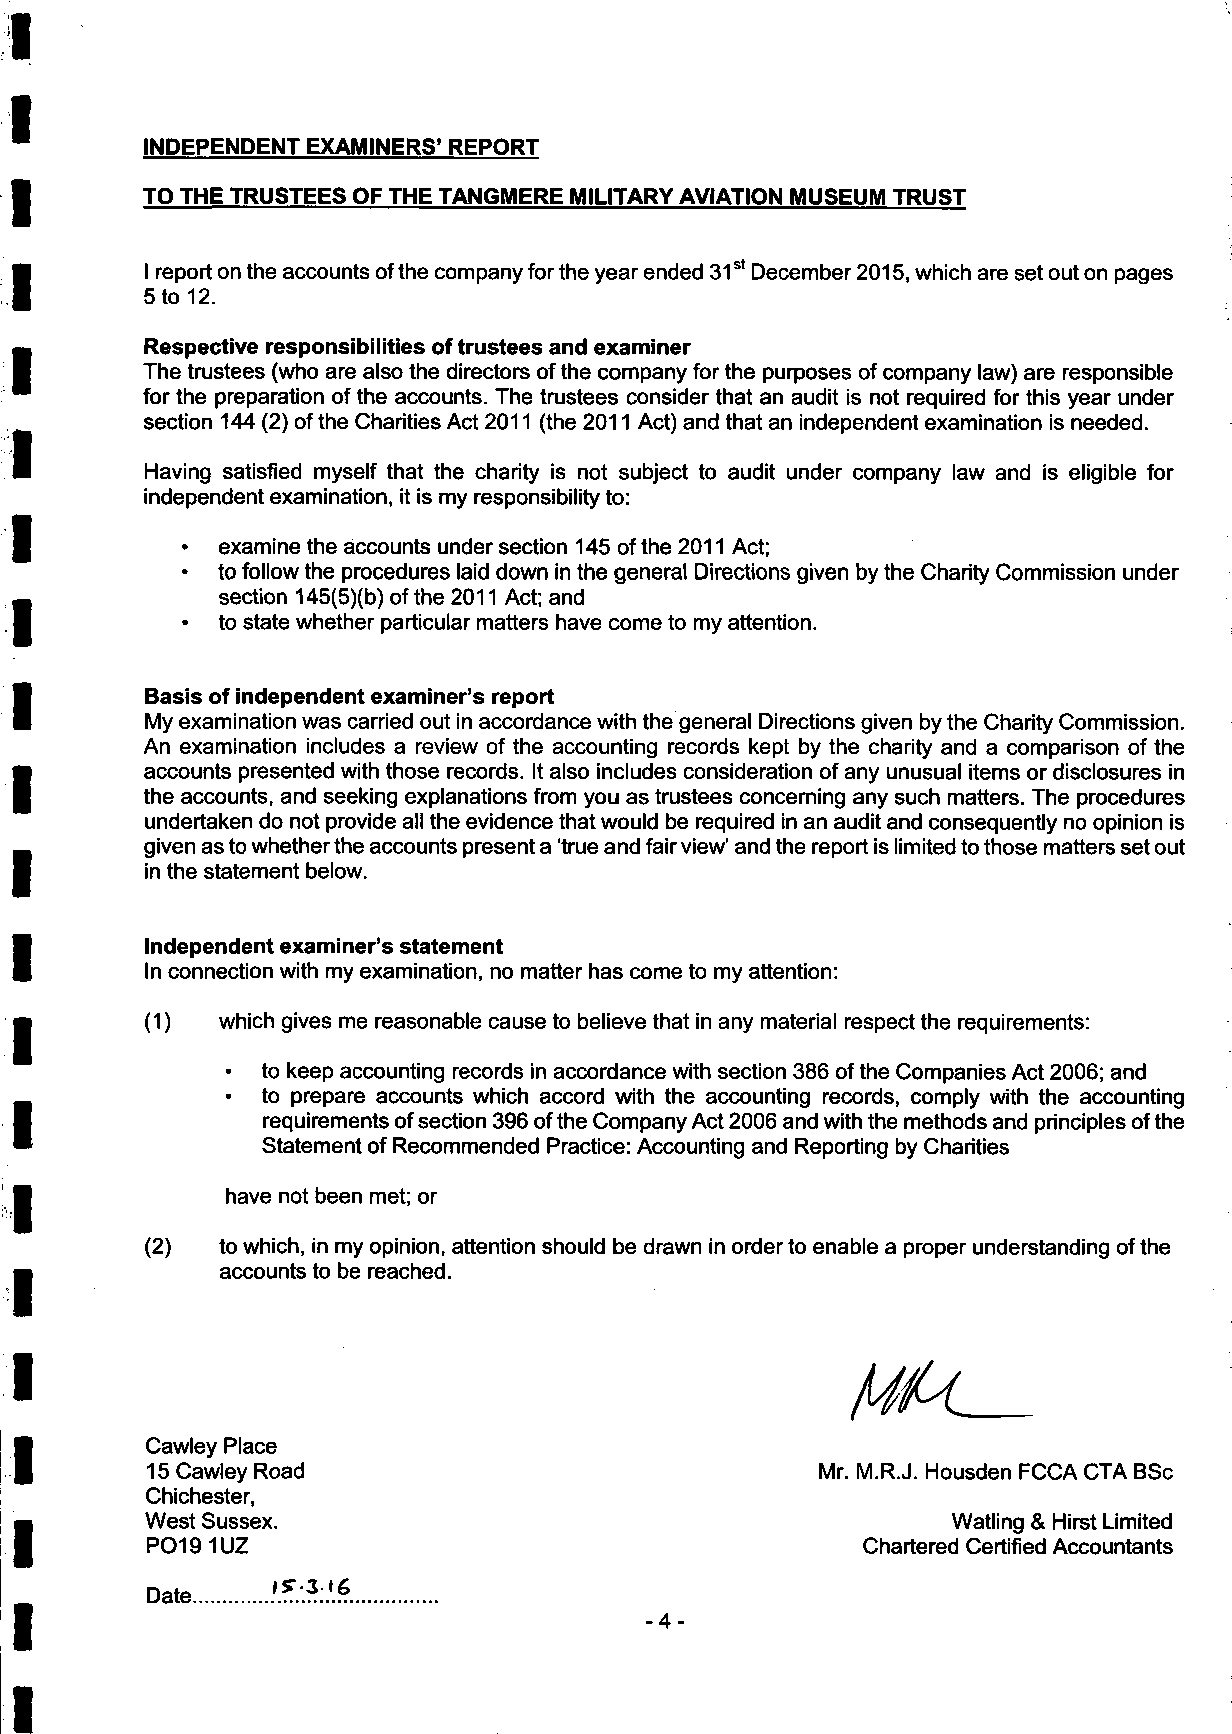
INDEPENDENT EXAMINERS' REPORT
 TO THE TRUSTEES OF THE TANGMERE MILITARY AVIATION MUSEUM TRUST
 I report on the accounts of the company for the year ended 31 December 2015, which are set out on pages
 5 to 12.
 Respective responsibilities of trustees and examiner
 The trustees (who are also the directors of the company for the purposes of company law) are responsible
 for the preparation of the accounts. The trustees consider that an audit is not required for this year under
 section 144 (2) of the Charities Act 2011 (the 2011 Act) and that an independent examination is needed.
 Having satisfied myself that the charity is not subject to audit under company law and is eligible for
 independent examination, it is my responsibility to:
 examine the accounts under section 145 of the 2011 Act;
 to follow the procedures laid down in the general Directions given by the Charity Commission under
 section 145(5)(b) of the 2011 Act; and
 to state whether particular matters have come to my attention.
 Basis of independent examiner's report
 My examination was carried out in accordance with the general Directions given by the Charity Commission.
 An examination includes a review of the accounting records kept by the charity and a comparison of the
 accounts presented with those records. It also includes consideration of any unusual items or disclosures in
 the accounts, and seeking explanations from you as trustees concerning any such matters. The procedures
 undertaken do not provide all the evidence that would be required in an audit and consequently no opinion is
 given as to whether the accounts present a 'true and fair view' and the report is limited to those matters set out
 in the statement below.
 Independent examiner's statement
 In connection with my examination, no matter has come to my attention:
 (1)  which gives me reasonable cause to believe that in any material respect the requirements:
 • to keep accounting records in accordance with section 386 of the Companies Act 2006; and
 to prepare accounts which accord with the accounting records, comply with the accounting
 requirements of section 396 of the Company Act 2006 and with the methods and principles of the
 Statement of Recommended Practice: Accounting and Reporting by Charities
 have not been met; or
 (2)  to which, in my opinion, attention should be drawn in order to enable a proper understanding of the
 accounts to be reached.
 Cawley Place
 15 Cawley Road                              Mr. M.R.J. Housden FCCA CTA BSc
 Chichester,
 West Sussex.                                         Watling & Hirst Limited
 P0191UZ                                        Chartered Certified Accountants
 Date
 -4-